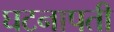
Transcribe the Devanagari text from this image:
घटनापती